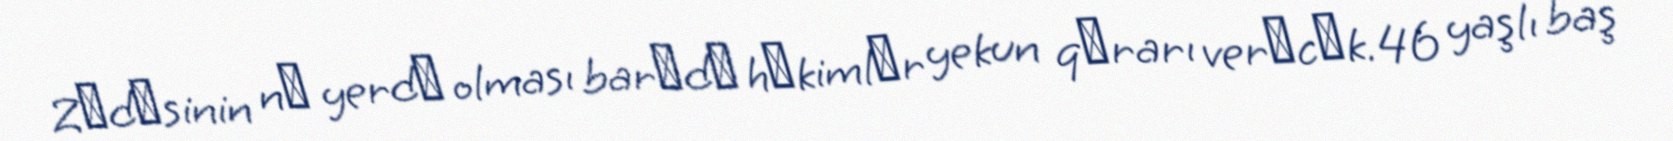
Zәdәsinin nә yerdә olması barәdә hәkimlәr yekun qәrarı verәcәk.46 yaşlı baş